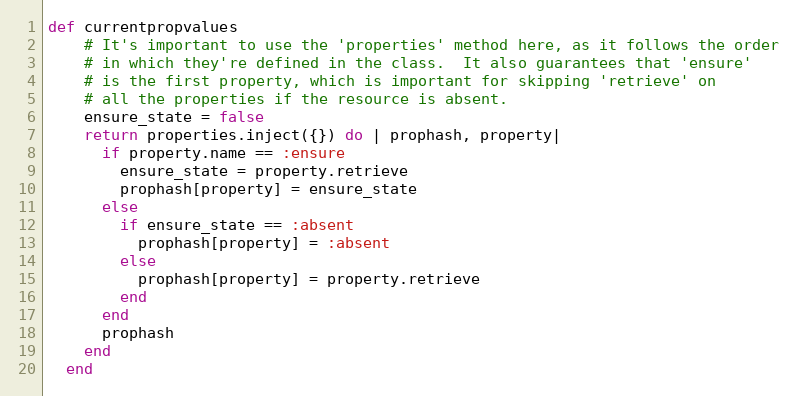
Language: Ruby
def currentpropvalues
    # It's important to use the 'properties' method here, as it follows the order
    # in which they're defined in the class.  It also guarantees that 'ensure'
    # is the first property, which is important for skipping 'retrieve' on
    # all the properties if the resource is absent.
    ensure_state = false
    return properties.inject({}) do | prophash, property|
      if property.name == :ensure
        ensure_state = property.retrieve
        prophash[property] = ensure_state
      else
        if ensure_state == :absent
          prophash[property] = :absent
        else
          prophash[property] = property.retrieve
        end
      end
      prophash
    end
  end